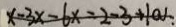
x - 3 x = 6 x = 2 - 3 + 1 0 J .